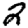
Digit: 2